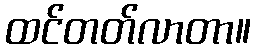
ထင်တတ်လာတာ။